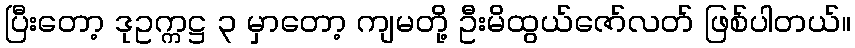
ပြီးတော့ ဒုဥက္ကဋ္ဌ ၃ မှာတော့ ကျမတို့ ဦးမိထွယ်ဇော်လတ် ဖြစ်ပါတယ်။